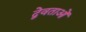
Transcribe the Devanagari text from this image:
द्वेवताओं